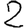
Digit: 2